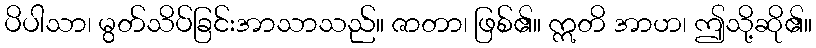
ပိပါသာ၊ မွတ်သိပ်ခြင်းအာသာသည်။ ဇာတာ၊ ဖြစ်၏။ ဣတိ အာဟ၊ ဤသို့ဆို၏။